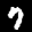
Label: 7